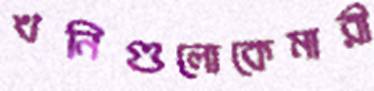
খনিগুলোকেমারী